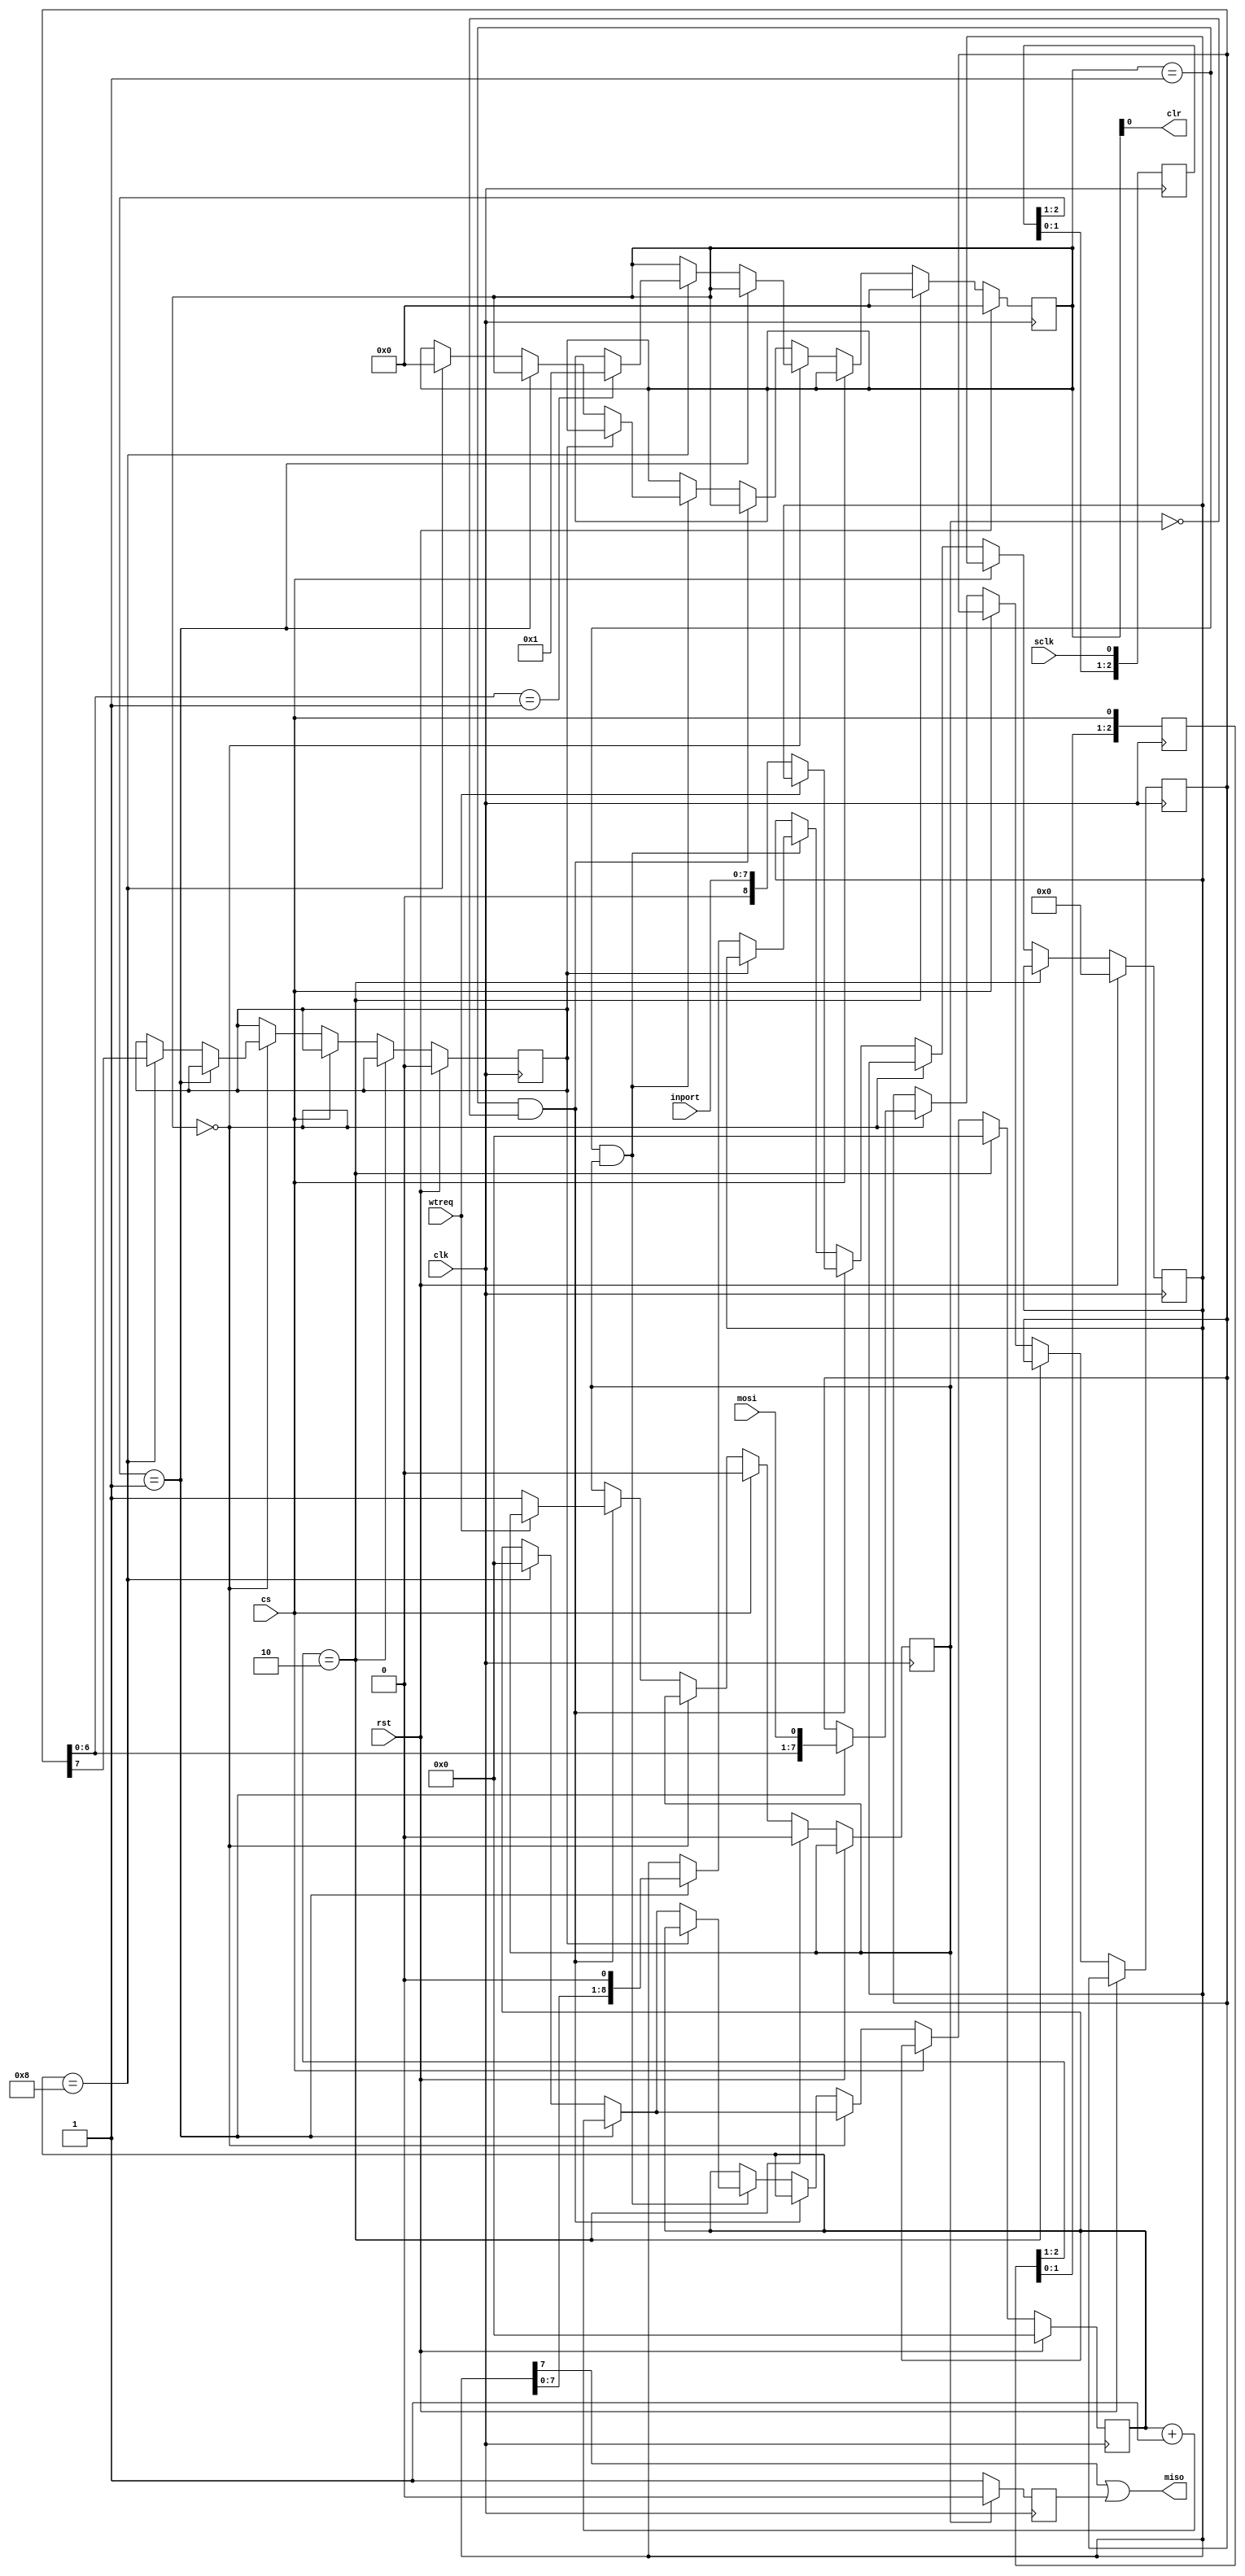

//{{ Section below this comment is automatically maintained
//   and may be overwritten
//{module {Block_upr_spi1}}
module Block_read_spi_mac ( clk,sclk,mosi,miso,cs ,rst ,inport,clr,wtreq );	

parameter Nbit=8;	
parameter param_adr=1; 

input  [Nbit-1:0] inport ;
wire   [Nbit-1:0] inport ;

output  miso;
output  clr;

input clk ;
wire clk ;	 
input sclk ;
wire sclk ;
input mosi ;
wire mosi ;
input cs ;
wire cs ;
input rst ;
wire rst ;
input wtreq ;
wire wtreq ;	

reg [Nbit-1:0] data_port=0; 
reg [Nbit-1:0] data_in=0; 
reg [3:0] front_clk_spi=0;	 
reg [3:0] front_cs_spi=0;	 
reg [3:0] flag=0;   
reg [7:0] sch;	 
reg reg_o=0;
reg r_w = 0;//
reg [Nbit:0] reg_out=0;
reg flag_read=0;

always @(posedge clk) front_clk_spi<={front_clk_spi[2:0],sclk};
always @(posedge clk) front_cs_spi <={front_cs_spi[2:0] ,cs};
always @(negedge clk)
begin	
	if (flag_read==0) reg_o<=1; else reg_o<=0;	
end
	
always @(posedge clk)
begin 
if (rst)
	begin sch<=0;flag<=0;reg_out<=0;r_w<=0; end
	else 
		if (front_cs_spi[2:1]==2'b10)	 begin sch<=0; flag<=0;flag_read<=0; end
		else
			if (cs==0) 
				begin
					if (flag==0)		//
					begin  		
						if (front_clk_spi[2:1]==2'b01) 
						begin
						data_in<={data_in[Nbit-2:0],mosi};
						sch<=sch+1;
						end	
					    else if (sch==8)  
							begin 
							sch<=0;
							if (data_in[6:0]==param_adr) begin flag<=1;  end
							r_w <=data_in[7]; 
							end 		
					end
					else
						if ((flag==1)&&(flag_read==0)) 
							begin 
								if (wtreq==0)
									begin
										flag_read<=1;
										reg_out<=inport; 
										end
							end 
							else						
						
						if ((flag==1)&&(flag_read==1))
							begin
								if (r_w==0) //
									begin
										if (front_clk_spi[2:1]==2'b01) 
										begin
										reg_out<=reg_out<<1;
										sch<=sch+1;
										end
											else if (sch==Nbit) begin  sch<=0; flag<=0;  end
									end
							end
				end else flag_read<=0;	
end

  assign 	   miso =reg_out[Nbit-1]|reg_o;
  assign 		 clr =flag;
//assign 	   miso =1'h1;	
	
endmodule